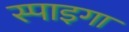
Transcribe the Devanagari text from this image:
स्पाइगा